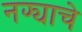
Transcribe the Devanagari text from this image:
नफ्याचे